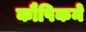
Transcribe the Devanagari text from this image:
कौषिकने